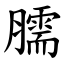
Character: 臑